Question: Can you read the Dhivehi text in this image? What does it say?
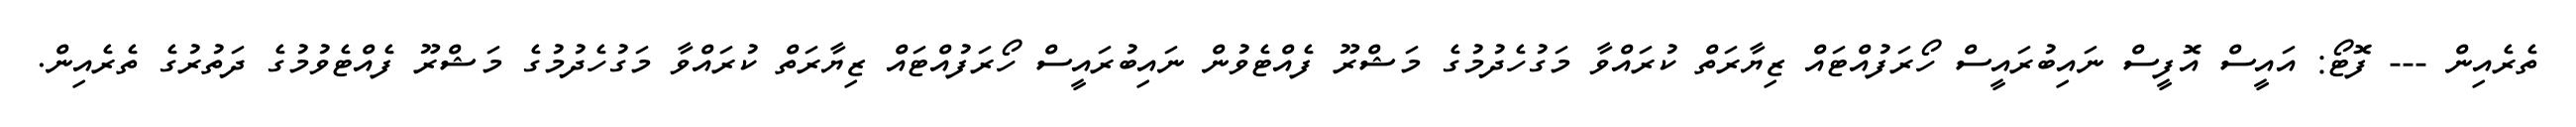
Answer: ތެރެއިން --- ފޮޓޯ: އައީސް އޮފީސް ނައިބުރައީސް ހޯރަފުއްޓައް ޒިޔާރަތް ކުރައްވާ މަގުހެދުމުގެ މަޝްރޫ ފެއްޓެވުން ނައިބުރައީސް ހޯރަފުއްޓައް ޒިޔާރަތް ކުރައްވާ މަގުހެދުމުގެ މަޝްރޫ ފެއްޓެވުމުގެ ދަތުރުގެ ތެރެއިން.